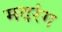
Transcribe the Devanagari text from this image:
मदरंग